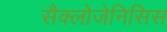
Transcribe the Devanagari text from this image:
सैक्लोजेनिसिस